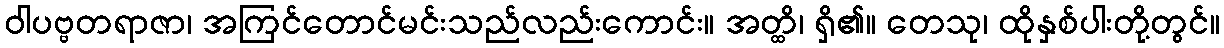
ဝါပဗ္ဗတရာဇာ၊ အကြင်တောင်မင်းသည်လည်းကောင်း။ အတ္ထိ၊ ရှိ၏။ တေသု၊ ထိုနှစ်ပါးတို့တွင်။